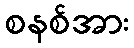
စနစ်အား